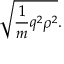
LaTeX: { \sqrt { { \frac { 1 } { m } } q ^ { 2 } \rho ^ { 2 } } } .